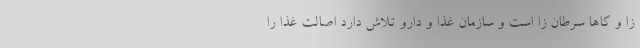
زا و گاها سرطان زا است و سازمان غذا و دارو تلاش دارد اصالت غذا را